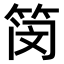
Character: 𫂃